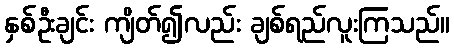
နှစ်ဦးချင်း ကျိတ်၍လည်း ချစ်ရည်လူးကြသည်။